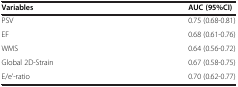
<table><thead><tr><td><b>Variables</b></td><td><b>AUC (95%CI)</b></td></tr></thead><tbody><tr><td>PSV</td><td>0.75 (0.68-0.81)</td></tr><tr><td>EF</td><td>0.68 (0.61-0.76)</td></tr><tr><td>WMS</td><td>0.64 (0.56-0.72)</td></tr><tr><td>Global 2D-Strain</td><td>0.67 (0.58-0.75)</td></tr><tr><td>E/e&#x27;-ratio</td><td>0.70 (0.62-0.77)</td></tr></tbody></table>